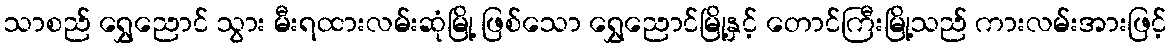
သာစည် ရွှေညောင် သွား မီးရထားလမ်းဆုံမြို့ ဖြစ်သော ရွှေညောင်မြို့နှင့် တောင်ကြီးမြို့သည် ကားလမ်းအားဖြင့်